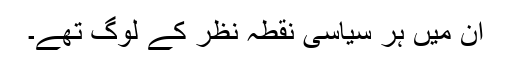
ان میں ہر سیاسی نقطہ نظر کے لوگ تھے۔